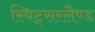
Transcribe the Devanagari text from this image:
स्विट्सरलैण्ड